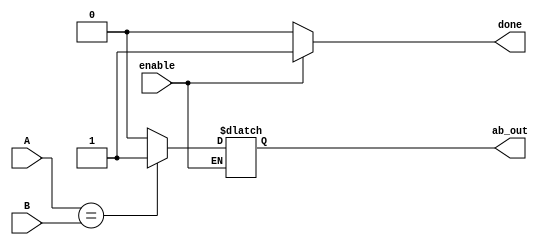
module a_igual_b #(
    parameter inputsize = 4
)(A, B, /*clk,*/ enable, ab_out, done);


input enable;
//input clk;
input [0:inputsize - 1] A;
input [0:inputsize - 1] B;
output reg ab_out;
output reg done;

always @ (*) begin

    if (enable) begin
        if (A == B) begin
            ab_out <= 1;
        end else begin
            ab_out <= 0;
        end
        done = 1;
    end else begin
        done = 0;
    end

end

endmodule